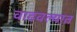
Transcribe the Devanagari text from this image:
वाढवल्यात